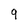
Character: 9